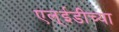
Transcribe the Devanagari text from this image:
एल्ईडीच्या